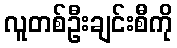
လူတစ်ဦးချင်းစီကို